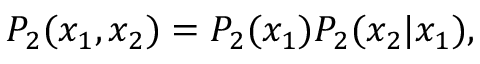
P _ { 2 } ( x _ { 1 } , x _ { 2 } ) = P _ { 2 } ( x _ { 1 } ) P _ { 2 } ( x _ { 2 } \vert x _ { 1 } ) ,